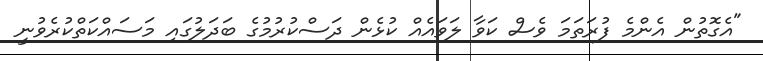
"އެގޮތުން އެންމެ ފުރަތަމަ ވެސް ކަވާ ލަވައެއް ކުޅެން ދަސްކުރުމުގެ ބަދަލުގައި މަސައްކަތްކުރެވުނީ